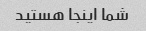
شما اینجا هستید